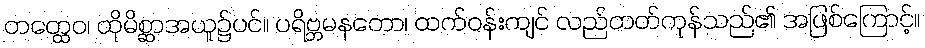
တတ္ထေဝ၊ ထိုမိစ္ဆာအယူ၌ပင်။ ပရိဗ္ဘမနတော၊ ထက်ဝန်းကျင် လည်တတ်ကုန်သည်၏ အဖြစ်ကြောင့်။